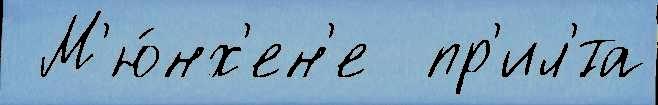
 М'ю́нх'ен'е  пр'ил'́та